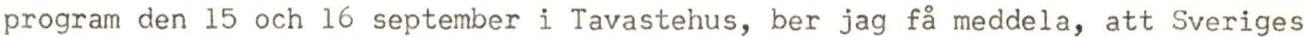
program den 15 och 16 september i Tavastehus, ber jag få meddela, att Sveriges